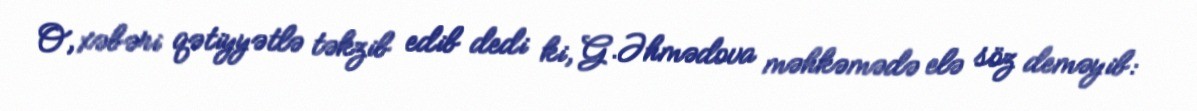
O, xəbəri qətiyyətlə təkzib edib dedi ki, G.Əhmədova məhkəmədə elə söz deməyib: